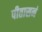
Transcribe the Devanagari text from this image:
पीतासनं